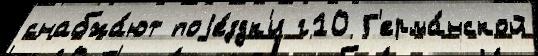
снабжа́ют поjе́здк'и г10 Г'ерма́нской